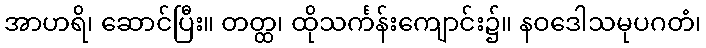
အာဟရိ၊ ဆောင်ပြီး။ တတ္ထ၊ ထိုသင်္ကန်းကျောင်း၌။ နဝဒေါသမုပဂတံ၊